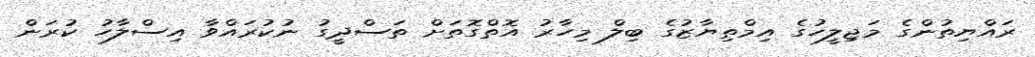
ރައްޔިތުންގެ މަޖިލީހުގެ އިމްތިޔާޒުގެ ބިލް މިހާރު އޮތްގޮތަށް ތަސްދީގު ނުކުރައްވާ އިސްލާހު ކުރަން